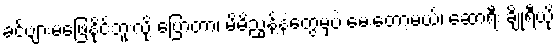
ခင်ဗျားမဖြေနိုင်ဘူးလို့ ပြောတာ၊ မိမိညွန့်နဲ့တွေ့မှပဲ မေးတော့မယ်၊ ဆောရီး ချိုရီယို